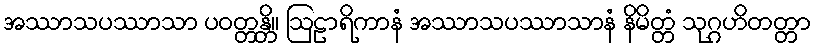
အဿာသပဿာသာ ပဝတ္တန္တိ။ ဩဠာရိကာနံ အဿာသပဿာသာနံ နိမိတ္တံ သုဂ္ဂဟိတတ္တာ